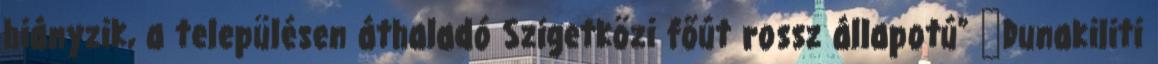
hiányzik, a településen áthaladó Szigetközi főút rossz állapotú” ▪Dunakiliti